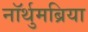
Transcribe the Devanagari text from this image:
नॉर्थुमब्रिया